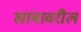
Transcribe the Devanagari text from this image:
खांबावरील